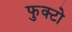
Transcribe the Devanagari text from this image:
फुक्टो